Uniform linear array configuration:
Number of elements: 48
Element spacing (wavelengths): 0.5
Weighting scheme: hann
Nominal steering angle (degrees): -60
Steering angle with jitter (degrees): -59.424
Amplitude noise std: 0.05
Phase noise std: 0.05

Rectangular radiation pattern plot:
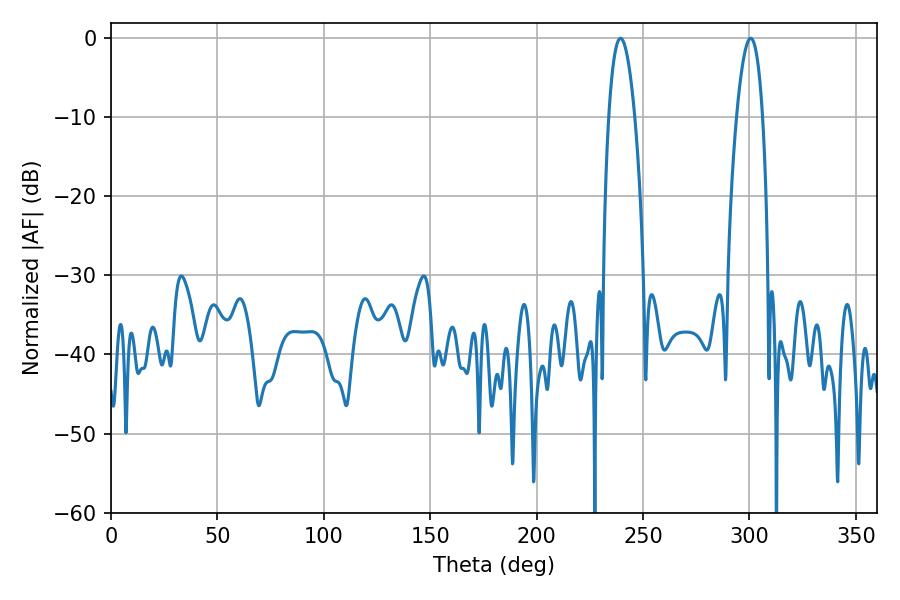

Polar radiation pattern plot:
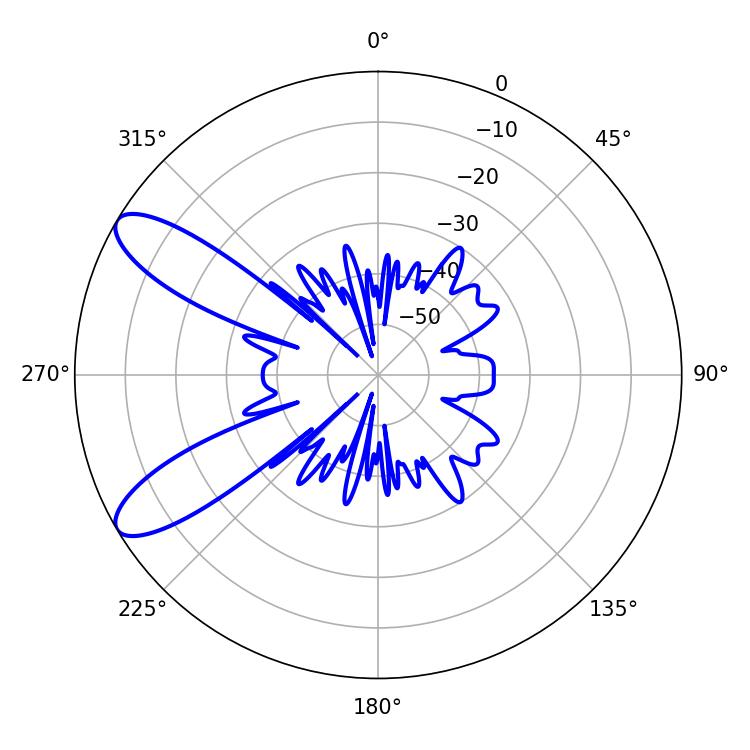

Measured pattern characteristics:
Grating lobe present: FALSE
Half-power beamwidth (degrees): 6.84
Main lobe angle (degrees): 239.4